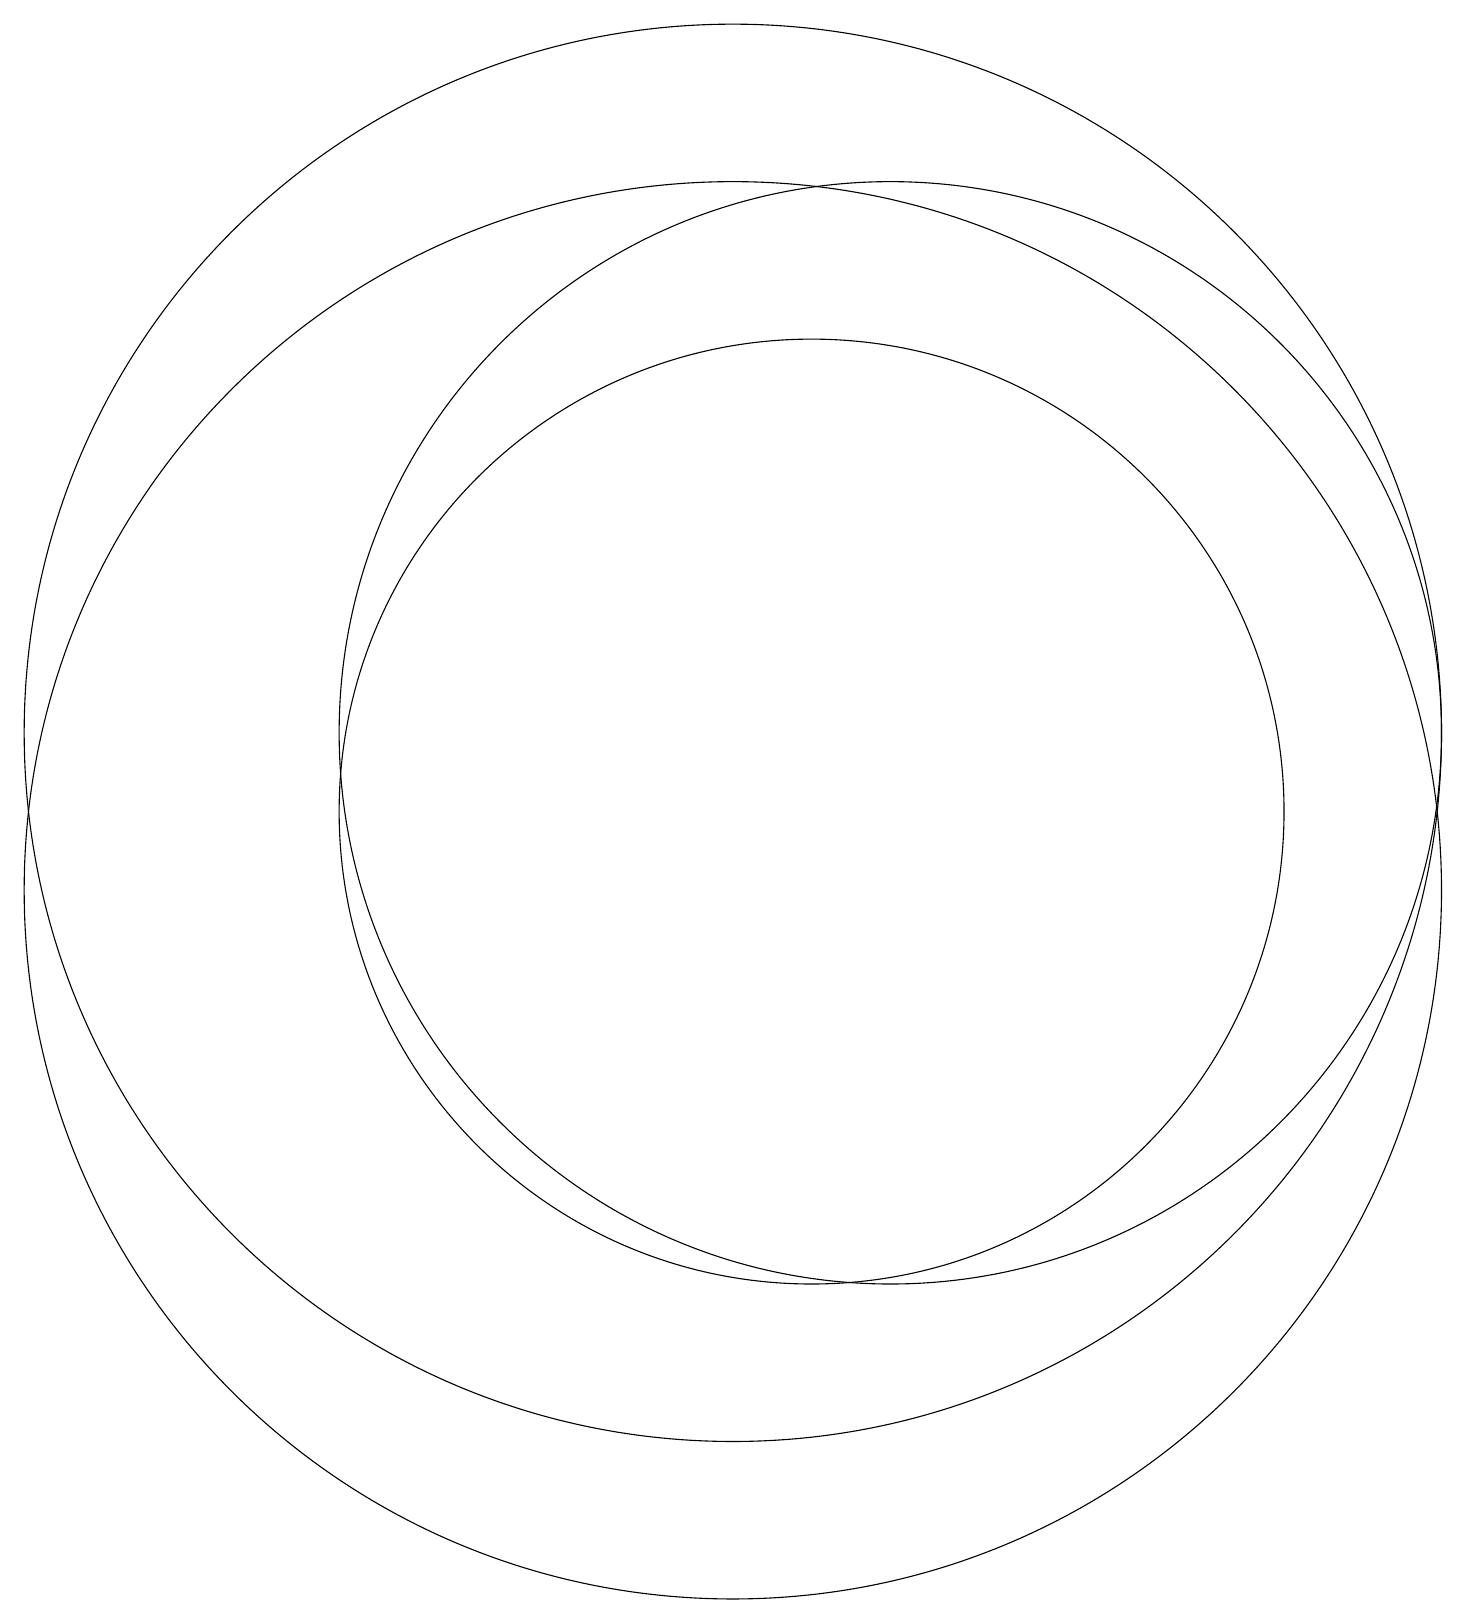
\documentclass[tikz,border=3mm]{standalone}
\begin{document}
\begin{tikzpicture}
\draw (11,11) circle (6);
\draw (12,12) circle (7);
\draw (10,10) circle (9);
\draw (10,12) circle (9);
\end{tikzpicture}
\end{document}